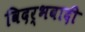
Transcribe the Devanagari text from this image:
विदर्भवादी